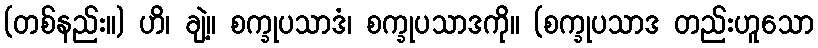
(တစ်နည်း။) ဟိ၊ ချဲ့။ စက္ခုပသာဒံ၊ စက္ခုပသာဒကို။ (စက္ခုပသာဒ တည်းဟူသော